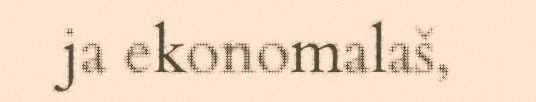
ja ekonomalaš,